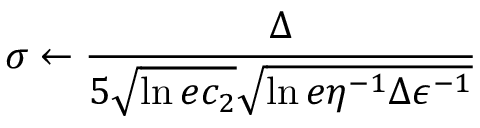
\sigma \gets \frac { \Delta } { 5 \sqrt { \ln { e c _ { 2 } } } \sqrt { \ln { e \eta ^ { - 1 } \Delta \epsilon ^ { - 1 } } } }